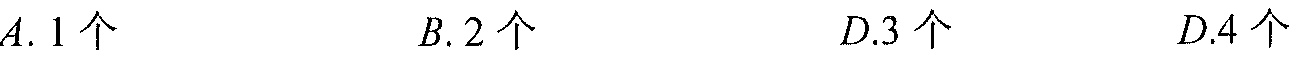
\(A.1个\quad B.2个\quad D.3个\quad D.4个\)